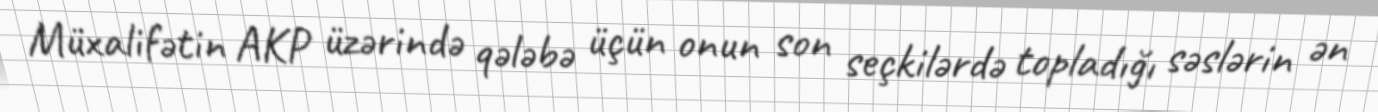
Müxalifətin AKP üzərində qələbə üçün onun son seçkilərdə topladığı səslərin ən